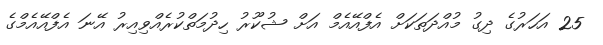
25 އަހަރުގެ ދިގު މުއްދަތަކަށް އެފްއޭއެމް އަށް ޝުކޫރު ހިދުމަތްކުރެއްވިއިރު އޭނަ އެފްއޭއެމްގެ